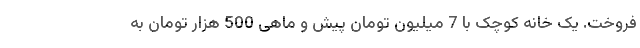
فروخت. یک خانه کوچک با 7‌ میلیون تومان پیش و ماهی 500 هزار تومان به